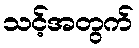
သင့်အတွက်